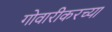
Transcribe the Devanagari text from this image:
गोवारीकरच्या